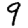
Digit: 9